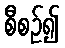
စီစဉ်၍